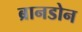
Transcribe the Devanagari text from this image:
ब्रानडोन